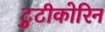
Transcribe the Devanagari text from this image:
टुटीकोरिन